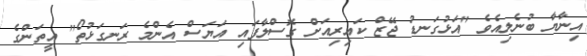
އިނާޔާ ބުނެލިއެވެ "އަޅުގަނޑު ޖޭޒް ކައިރިއަށް ގޮސްލާފައި އަޔަސް އެންމެ ރަނގަޅުތޯ" އީތަންގެ